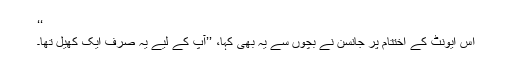
‘‘
اس ایونٹ کے اختتام پر جانسن نے بچوں سے یہ بھی کہا، ’’آپ کے لیے یہ صرف ایک کھیل تھا۔